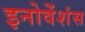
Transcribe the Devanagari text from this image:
इनोवेंशंस